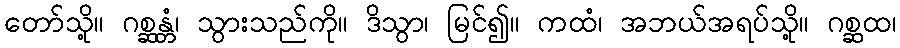
တော်သို့။ ဂစ္ဆန္တံ၊ သွားသည်ကို။ ဒိသွာ၊ မြင်၍။ ကထံ၊ အဘယ်အရပ်သို့။ ဂစ္ဆထ၊